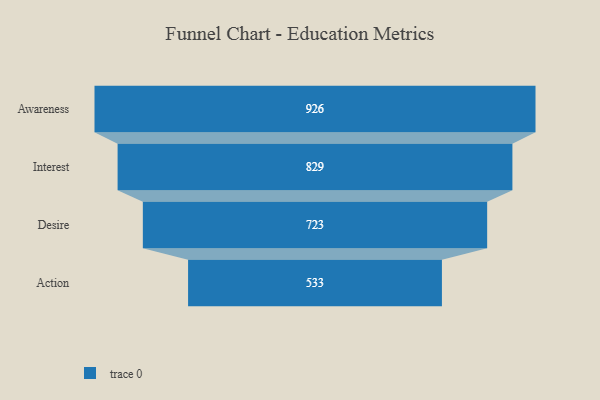
{"axis": {"x": "Stage", "y": "Value"}, "legend": [""], "data": [{"x": "Awareness", "y": 926.0, "type": ""}, {"x": "Interest", "y": 829.0, "type": ""}, {"x": "Desire", "y": 723.0, "type": ""}, {"x": "Action", "y": 533.0, "type": ""}]}